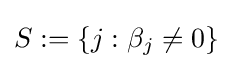
S:=\{j:\beta _{j}\neq 0\}